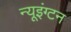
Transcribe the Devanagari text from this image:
न्यूइंग्टन